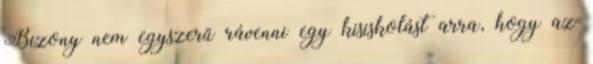
Bizony nem egyszerű rávenni egy kisiskolást arra, hogy az